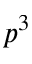
p ^ { 3 }